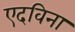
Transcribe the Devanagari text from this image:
एदविना